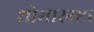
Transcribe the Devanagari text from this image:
शोभास्रष्टा